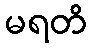
မရတိ